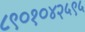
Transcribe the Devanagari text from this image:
८९०१०४२५९५